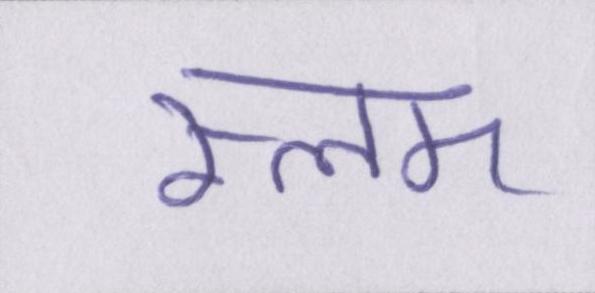
स्लम